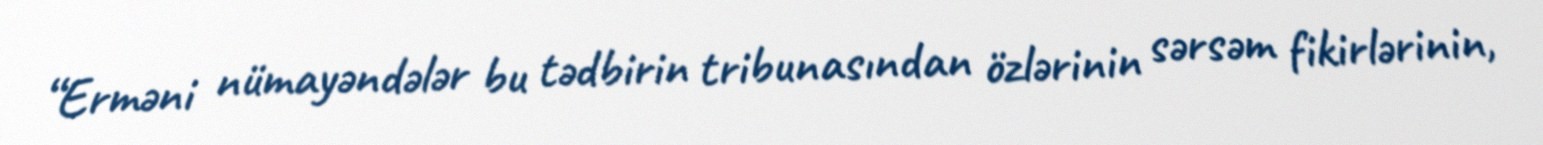
“Erməni nümayəndələr bu tədbirin tribunasından özlərinin sərsəm fikirlərinin,